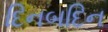
દિનબદિન